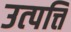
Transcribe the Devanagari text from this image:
उत्‍पत्ति